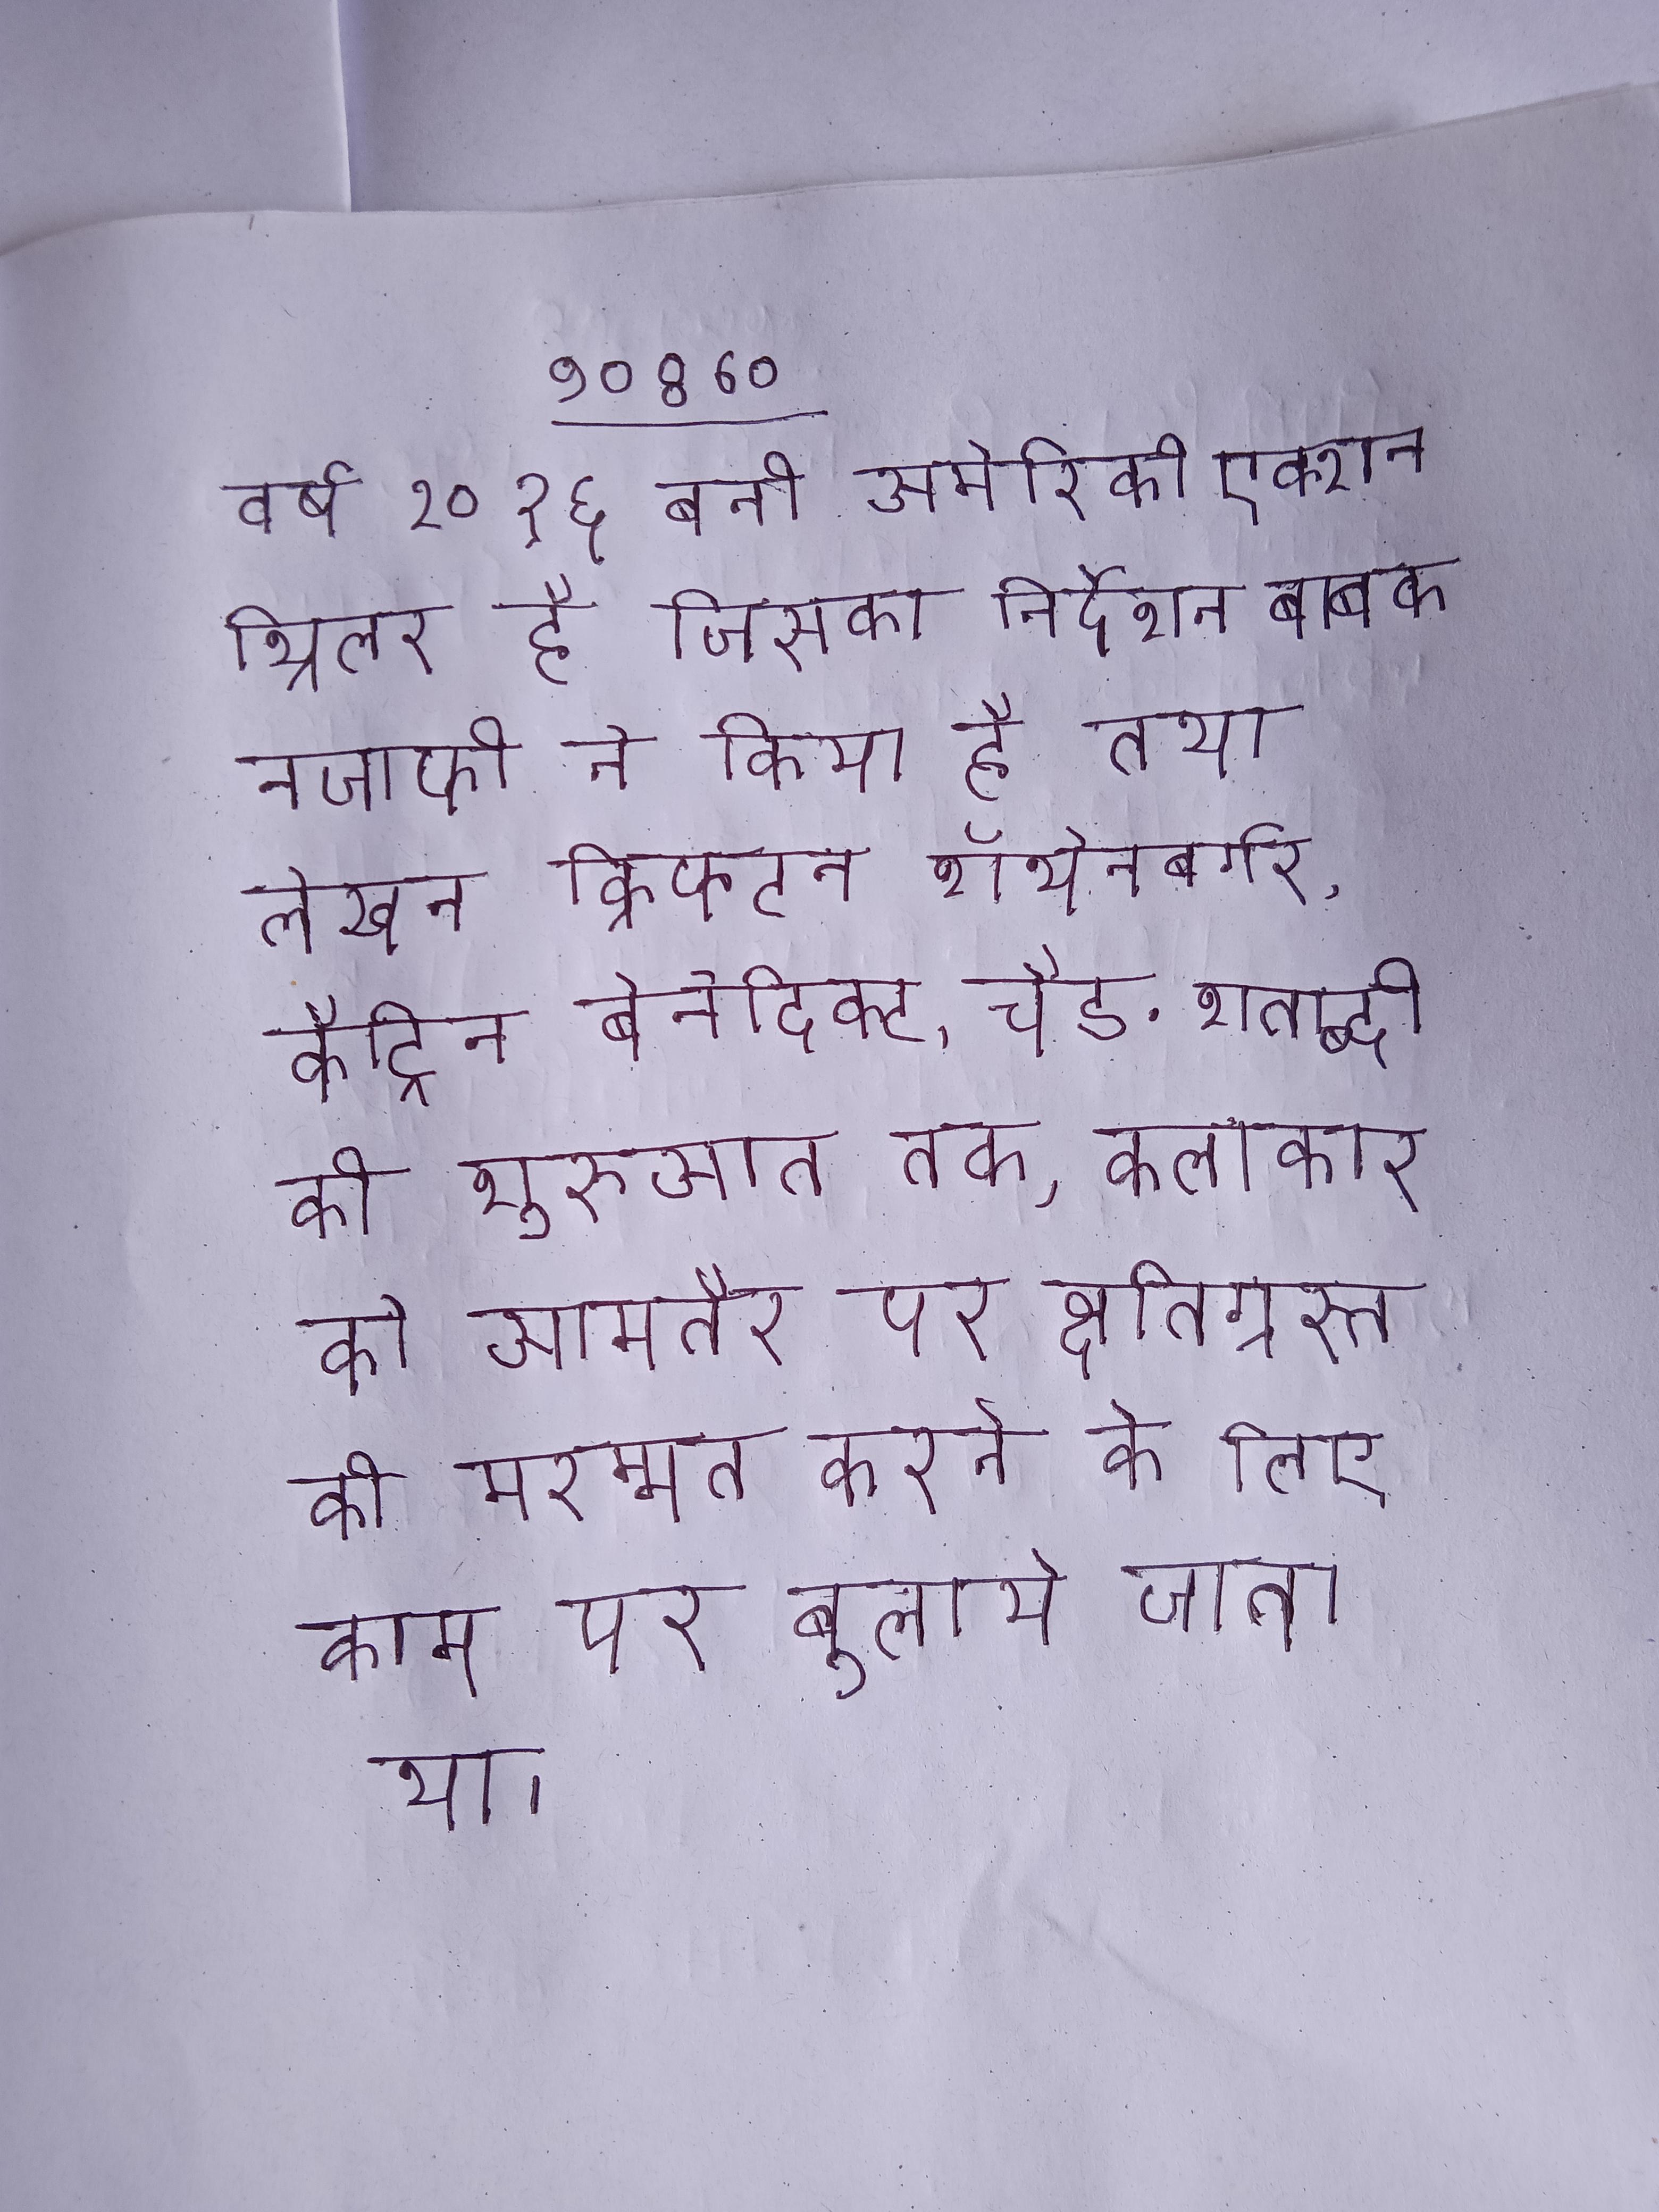
वर्ष २०१६ बनी अमेरिकी एक्शन थ्रिलर है जिसका निर्देशन बाबक नजाफी ने किया है तथा लेखन क्रिफटन राॅथेनबर्गर, कैट्रिन बेनेदिक्ट, चैड . शताब्दी की शुरुआत तक, कलाकार को आमतौर पर क्षतिग्रस्त की मरम्मत करने के लिए काम पर बुलाये जाता था ।